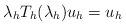
LaTeX: \begin{align*}\lambda_h T_h(\lambda_h)u_h=u_h\end{align*}